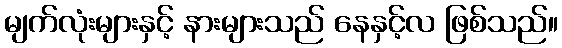
မျက်လုံးများနှင့် နားများသည် နေနှင့်လ ဖြစ်သည်။